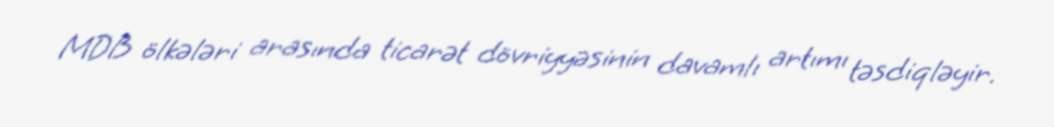
MDB ölkələri arasında ticarət dövriyyəsinin davamlı artımı təsdiqləyir.